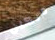
دنكان